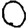
Digit: 0